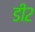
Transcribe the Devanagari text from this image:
डी२